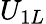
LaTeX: U_{1L}